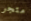
متجر